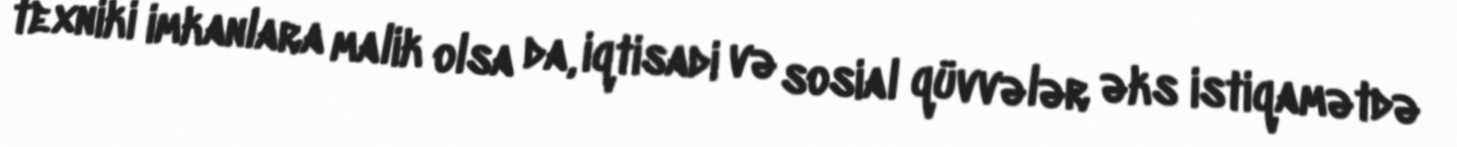
texniki imkanlara malik olsa da, iqtisadi və sosial qüvvələr əks istiqamətdə